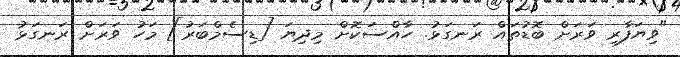
"ވިޔަފާރި ވަރަށް ބޮޑުތައް ރަނގަޅު. ހާއްސަކޮށް މިދިޔަ [ޑިސެމްބަރު] މަހު ވަރަށް ރަނގަޅު